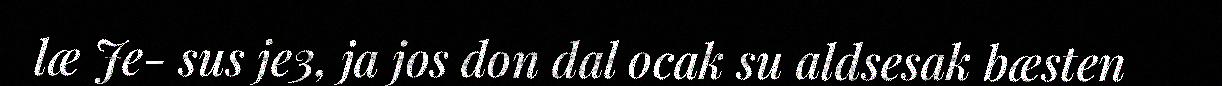
læ Je- sus je3, ja jos don dal ocak su aldsesak bæsten